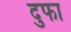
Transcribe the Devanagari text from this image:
दुफा